Civil Veterinary Dept. Bombay admin report 1893-99 - 1893-1899
Year: 1893
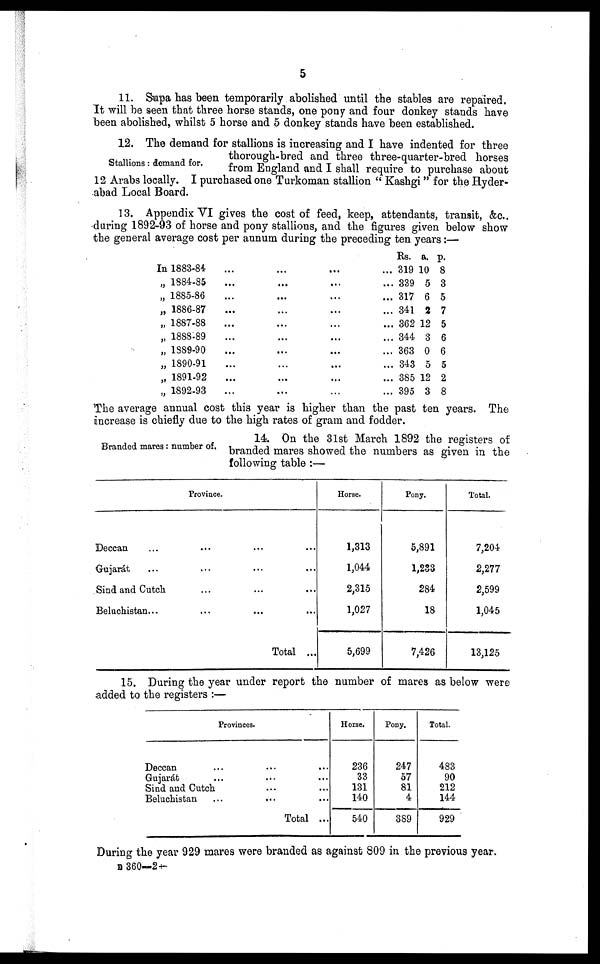
5
11. Supa has been temporarily abolished until the stables are repaired.
It will be seen that three horse stands, one pony and four donkey stands have
been abolished, whilst 5 horse and 5 donkey stands have been established.
Stallions: demand for.
12. The demand for stallions is increasing and I have indented for three
thorough-bred and three three-quarter-bred horses
from England and I shall require to purchase about
12 Arabs locally. I purchased one Turkoman stallion "Kashgi" for the Hyder-
abad Local Board.
13. Appendix VI gives the cost of feed, keep, attendants, transit, &c.,
during 1892-93 of horse and pony stallions, and the figures given below show
the general average cost per annum during the preceding ten years:—
In 1883-84
... ... ... ...
„ 1884-85
... ... ... ...
„ 1885-86
... ... ... ...
„ 1886-87
... ... ... ...
„ 1887-88
... ... ... ...
„ 1888-89
... ... ... ...
„ 1889-90
... ... ... ...
„ 1890-91
... ... ... ...
„ 1891-92
... ... ... ...
„ 1892-93 ... ... ... ...
Rs.
319
339
317
341
362
344
363
343
385
395
a.
10
5
6
2
12
3
0
5
12
3
p.
8
3
5
7
5
6
6
5
2
8
The average annual cost this year is higher than the past ten years. The
increase is chiefly due to the high rates of gram and fodder.
Branded mares: number of.
14 On the 31st March 1892 the registers of
branded mares showed the numbers as given in the
following table:—
Province.
Deccan ... ... ... ...
Gujarát
...
...
...
...
Sind and Cutch
...
...
...
Beluchistan...
...
...
...
Total ...
Horse.
1,313
1,04.4
2,315
1,027
5,699
Pony.
5,891
1,233
284
18
7,426
Total.
7,204
2,277
2,599
1,045
13,125
15. During the year under report the number of mares as below were
added to the registers:—
Provinces.
Deccan ... ... ...
Gujarát
...
...
...
Sind and Cutch
...
...
Beluchistan
...
... ...
Total ...
Horse.
236
33
131
140
540
Pony.
247
57
81
4
389
Total.
483
90
212
144
929
During the year 929 mares were branded as against 809 in the previous year.
B 360—2+